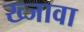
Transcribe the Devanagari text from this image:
ख्जावा